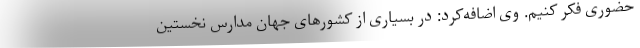
حضوری فکر کنیم. وی اضافه‌کرد: در بسیاری از کشورهای جهان مدارس نخستین